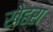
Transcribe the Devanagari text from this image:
खेहरा